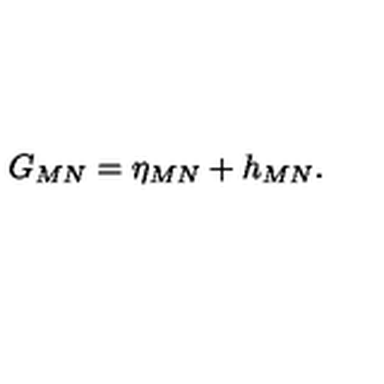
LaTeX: G _ { M N } = \eta _ { M N } + h _ { M N } .